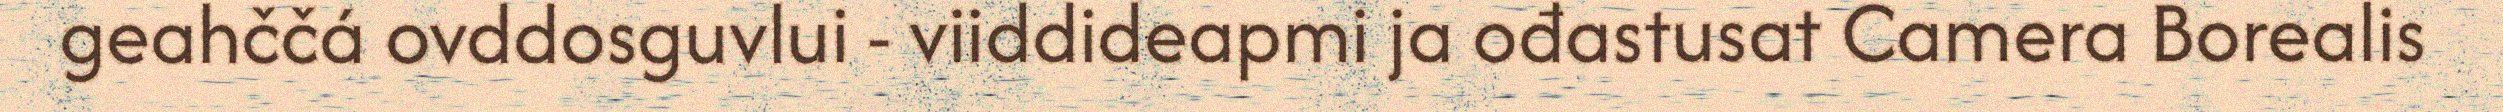
geahččá ovddosguvlui - viiddideapmi ja ođastusat Camera Borealis